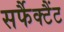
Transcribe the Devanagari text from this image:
सर्फैक्टैंट